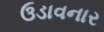
ઉડાવનાર